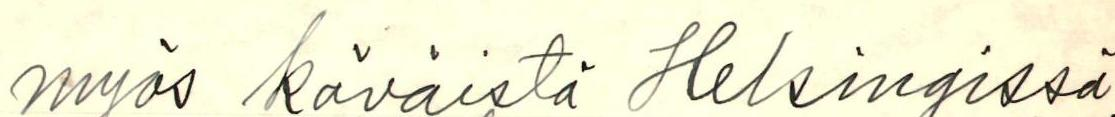
myös käväistä Helsingissä